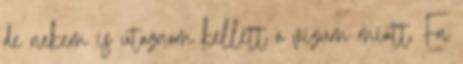
de nekem is utaznom kellett a vizum miatt. En